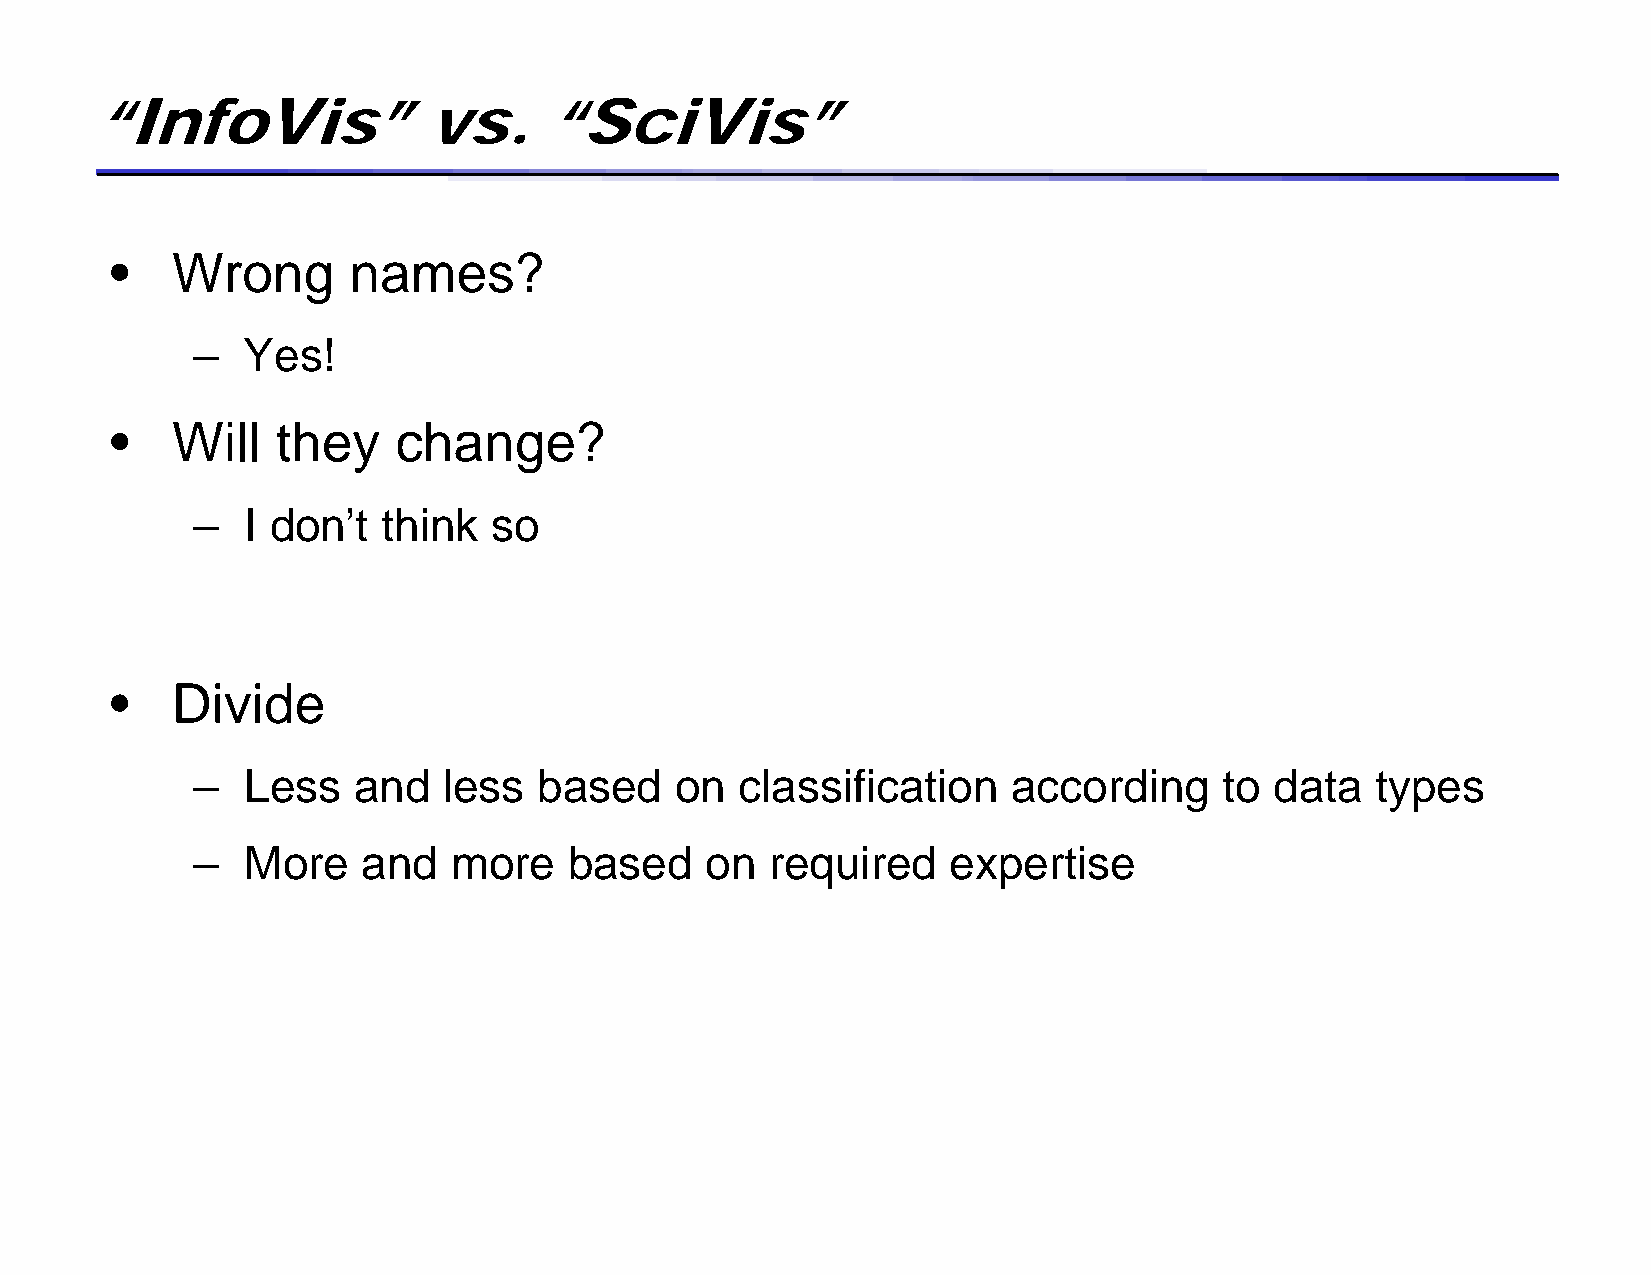
“InfoVis”vs.                  “SciVis”
 •   Wrong       names?
 –  Yes!
 •   Will   they    change?
 –  I don’t  think  so
 •   Divide
 –  Less   and   less   based    on  classification    according     to data   types
 –  More    and   more    based    on  required    expertise